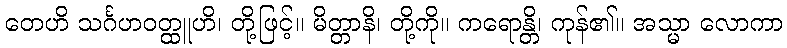
တေဟိ သင်္ဂဟဝတ္ထူဟိ၊ တို့ဖြင့်။ မိတ္တာနိ၊ တို့ကို။ ကရောန္တိ၊ ကုန်၏။ အသ္မာ လောကာ